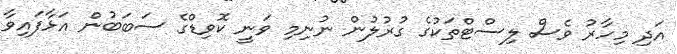
އަދި މިހާރު ވެސް ލިސްޓްތަކުގެ ގުރުލުން ނުނިމި ވަނީ ކޮވިޑްގެ ސަބަބުން އަޅާފައިވާ